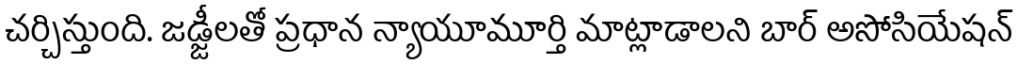
చర్చిస్తుంది. జడ్జీలతో ప్రధాన న్యాయూమూర్తి మాట్లాడాలని బార్ అసోసియేషన్